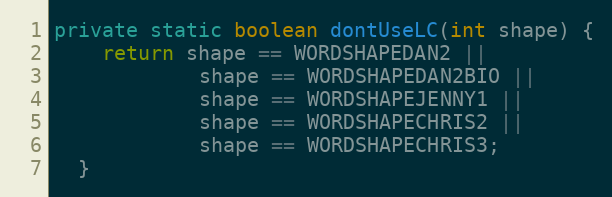
Language: Java
private static boolean dontUseLC(int shape) {
    return shape == WORDSHAPEDAN2 ||
            shape == WORDSHAPEDAN2BIO ||
            shape == WORDSHAPEJENNY1 ||
            shape == WORDSHAPECHRIS2 ||
            shape == WORDSHAPECHRIS3;
  }